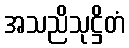
အသညိသုဋ္ဌိတံ